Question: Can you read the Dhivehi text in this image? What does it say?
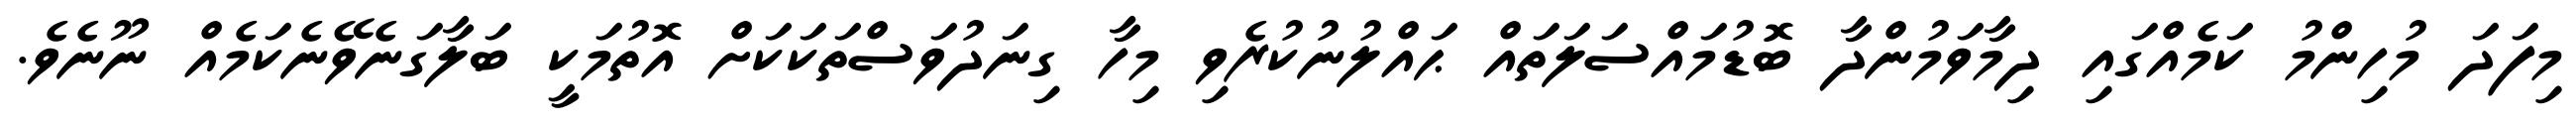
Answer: މިފަދަ މުހިންމު ކަމެއްގައި ދިމާވަމުންދާ ބޮޑުމައްސަލަތައް ޙައްލުނުކުރެވި މިހާ ގިނަދުވަސްތަކަކަށް އޮތުމަކީ ބަލާގަނެވޭނެކަމެއް ނޫނެވެ.